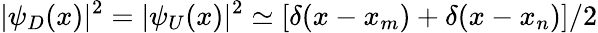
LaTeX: |\psi_{D}(x)|^{2}=|\psi_{U}(x)|^{2}\simeq[\delta(x-x_{m})+\delta(x-x_{n})]/2